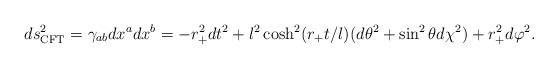
\begin{align*} ds^2_{\rm CFT}=\gamma_{ab}dx^adx^b= -r_+^2 dt^2 +l^2\cosh^2(r_+t/l)(d\theta^2 +\sin^2\theta d\chi^2) +r_+^2 d\varphi^2.\end{align*}